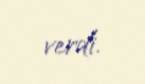
verdi.